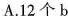
A.12个b